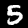
Label: 5